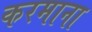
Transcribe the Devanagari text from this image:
करमाना